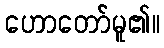
ဟောတော်မူ၏။